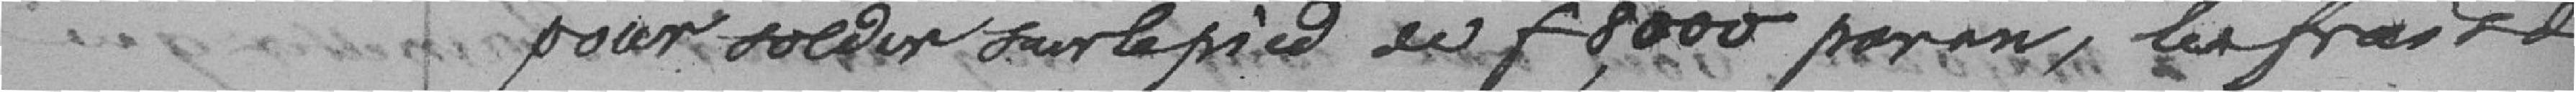
pour solder sur le pied en f 8000 par an, les frais de